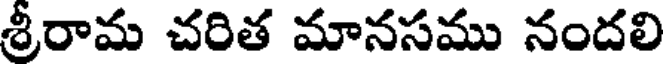
శ్రీరామ చరిత మానసము నందలి